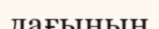
лағының